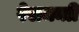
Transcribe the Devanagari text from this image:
रेलमन्त्री